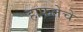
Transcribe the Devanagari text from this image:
हाफतेचे